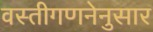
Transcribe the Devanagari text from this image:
वस्तीगणनेनुसार